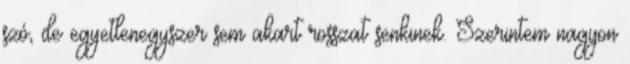
szó, de egyetlenegyszer sem akart rosszat senkinek. Szerintem nagyon